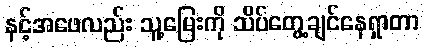
နင့်အဖေလည်း သူ့မြေးကို သိပ်တွေ့ချင်နေရှာတာ